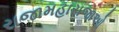
રાજામહારાજાઓ